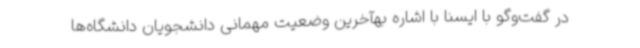
در گفت‌وگو با ایسنا با اشاره بهآخرین وضعیت مهمانی دانشجویان دانشگاه‌ها